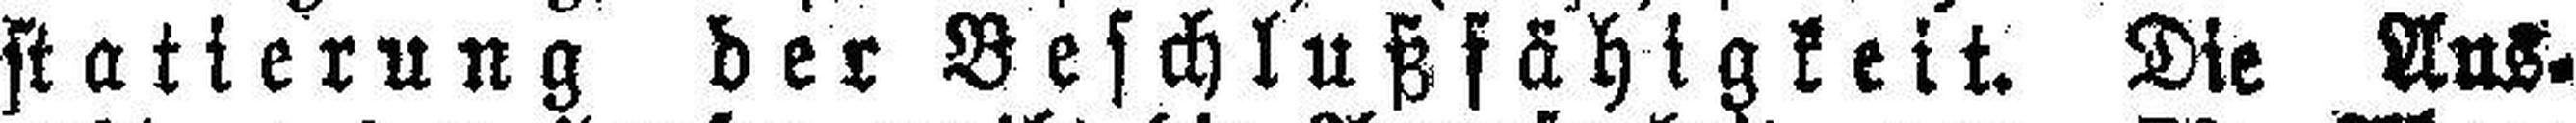
statierung der Beschlußfähigkeit. Die Aus¬